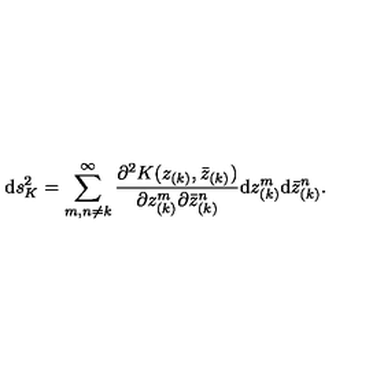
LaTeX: \mathrm { d } s _ { K } ^ { 2 } = \sum _ { m , n \neq k } ^ { \infty } { \frac { \partial ^ { 2 } K ( z _ { ( k ) } , { \bar { z } } _ { ( k ) } ) } { \partial z _ { ( k ) } ^ { m } \partial { \bar { z } } _ { ( k ) } ^ { n } } } \mathrm { d } z _ { ( k ) } ^ { m } \mathrm { d } { \bar { z } } _ { ( k ) } ^ { n } .